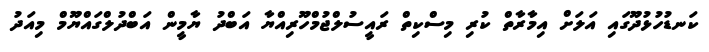
ކަނޑުހުޅުދޫގައި އަލަށް އިމާރާތް ކުރި މިސްކިތް ރައީސުލްޖުމްހޫރިއްޔާ އަބްދު ޔާމީން އަބްދުލްގައްޔޫމް މިއަދު